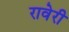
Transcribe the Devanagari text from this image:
रावेरी